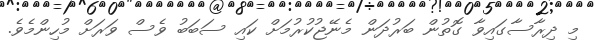
މި ދިރާސާގައިވާ ގޮތުން ބަރުދަން މެނޭޖުކުރުމަށް ކައި ސަބަބު ވެސް ވަރަށް މުހިންމެވެ.